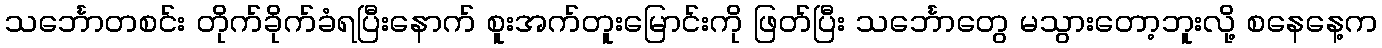
သင်္ဘောတစင်း တိုက်ခိုက်ခံရပြီးနောက် စူးအက်တူးမြောင်းကို ဖြတ်ပြီး သင်္ဘောတွေ မသွားတော့ဘူးလို့ စနေနေ့က